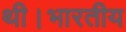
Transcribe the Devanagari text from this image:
थी।भारतीय